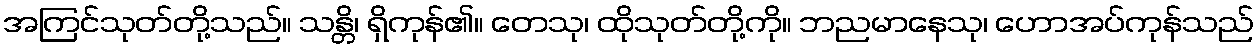
အကြင်သုတ်တို့သည်။ သန္တိ၊ ရှိကုန်၏။ တေသု၊ ထိုသုတ်တို့ကို။ ဘညမာနေသု၊ ဟောအပ်ကုန်သည်